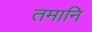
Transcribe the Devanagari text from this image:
तमानि